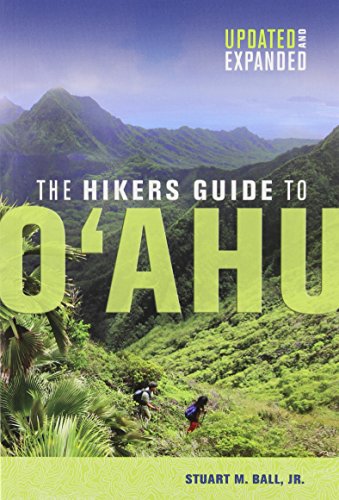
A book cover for The Hikers Guide to O'ahu (A Latitude 20 Book); Stuart M.; Sports & Outdoors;